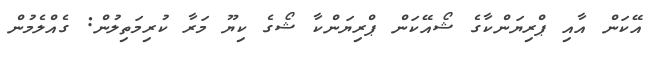
އޭކަން އާއި ޕްރިޔަންކާގެ ޝޯއޭކަން ޕްރިޔަންކާ ޝޯގެ ކިޔޫ މަރާ ކުރިމަތިލުން: ގެއްލެމުން